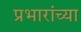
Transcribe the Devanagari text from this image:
प्रभारांच्या